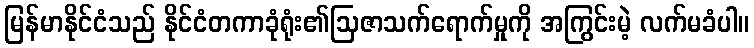
မြန်မာနိုင်ငံသည် နိုင်ငံတကာခုံရုံး၏ဩဇာသက်ရောက်မှုကို အကြွင်းမဲ့ လက်မခံပါ။